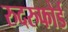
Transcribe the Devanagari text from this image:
रुदरुफोर्ड